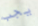
يجب